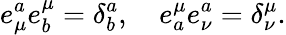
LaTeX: e_{\mu}^{a}e_{b}^{\mu}=\delta_{b}^{a},\quad e_{a}^{\mu}e_{\nu}^{a}=\delta_{\nu}^{\mu}.